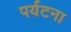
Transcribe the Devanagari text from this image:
पर्यटना